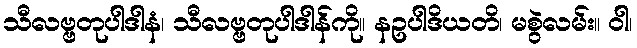
သီလဗ္ဗတုပါဒါနံ၊ သီလဗ္ဗတုပါဒါန်ကို။ နဥပါဒိယတိ၊ မစွဲလမ်း။ ဝါ၊